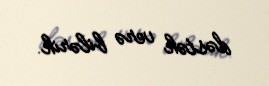
dəstək verə bilərik.